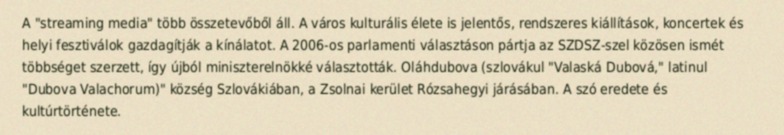
A "streaming media" több összetevőből áll. A város kulturális élete is jelentős, rendszeres kiállítások, koncertek és helyi fesztiválok gazdagítják a kínálatot. A 2006-os parlamenti választáson pártja az SZDSZ-szel közösen ismét többséget szerzett, így újból miniszterelnökké választották. Oláhdubova (szlovákul "Valaská Dubová," latinul "Dubova Valachorum)" község Szlovákiában, a Zsolnai kerület Rózsahegyi járásában. A szó eredete és kultúrtörténete.